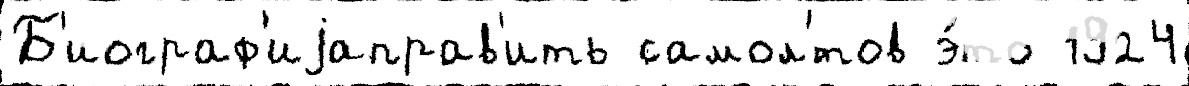
Б'иограф'иjаправ'ить самол'́тов э́то 1924